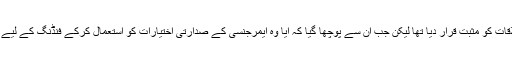
اس سے قبل وائٹ ہاؤس میں ریپبلکن صدر نے 90 منٹ کی ملاقات کو مثبت قرار دیا تھا لیکن جب ان سے پوچھا گیا کہ آیا وہ ایمرجنسی کے صدارتی اختیارات کو استعمال کرکے فنڈنگ کے لیے کانگریس کی منظوری کو بائی پاس کرنے پر غور کریں گے؟